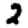
Digit: 2